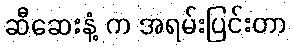
ဆီဆေးနံ့ က အရမ်းပြင်းတာ